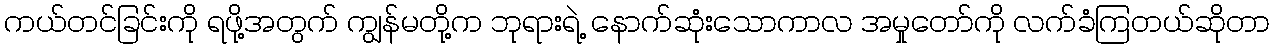
ကယ်တင်ခြင်းကို ရဖို့အတွက် ကျွန်မတို့က ဘုရားရဲ့ နောက်ဆုံးသောကာလ အမှုတော်ကို လက်ခံကြတယ်ဆိုတာ